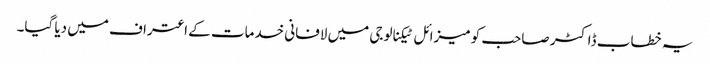
یہ خطاب ڈاکٹر صاحب کو میزائل ٹیکنالوجی میں لافانی خدمات کے اعتراف میں دیا گیا۔